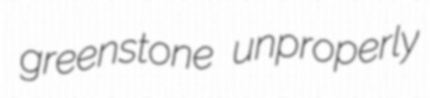
greenstone unproperly